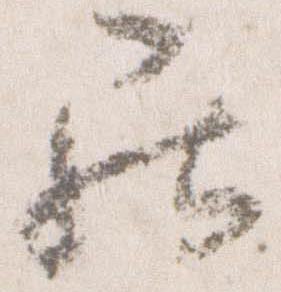
罷